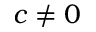
c \neq 0